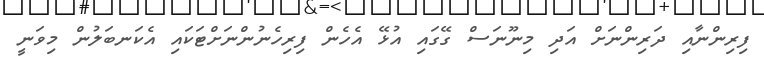
ފިރިންނާއި ދަރިންނަށް އަދި މިނޫނަސް ގޭގައި އުޅޭ އެހެން ފިރިހެނުންނަށްޓަކައި އެކަނބަލުން މިވަނީ